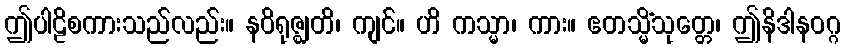
ဤပါဠိစကားသည်လည်း။ နဝိရုဇ္ဈတိ၊ ကျင်။ ဟိ ကသ္မာ၊ ကား။ ဧတသ္မိံသုတ္တေ၊ ဤနိဒါနဝဂ္ဂ